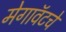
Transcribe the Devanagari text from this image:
मेगावॅटचे